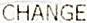
CHANGE